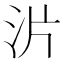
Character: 沜